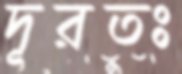
দূরতঃ